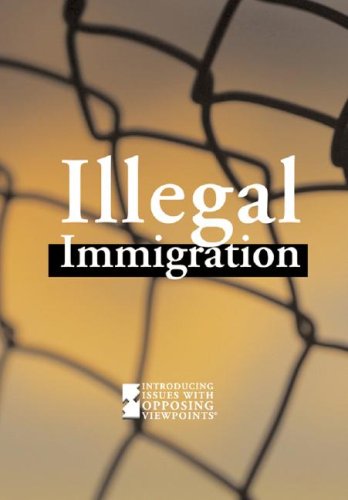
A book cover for Illegal Immigration (Introducing Issues With Opposing Viewpoints); Sheri Metzger Karmiol; Teen & Young Adult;